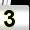
Digit: 3